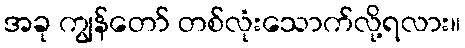
အခု ကျွန်တော် တစ်လုံးသောက်လို့ရလား။